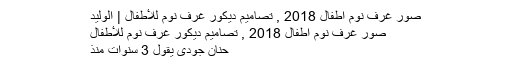
صور غرف نوم اطفال 2018 , تصاميم ديكور غرف نوم للأطفال | الوليد
صور غرف نوم اطفال 2018 , تصاميم ديكور غرف نوم للأطفال
حنان جودى يقول 3 سنوات منذ